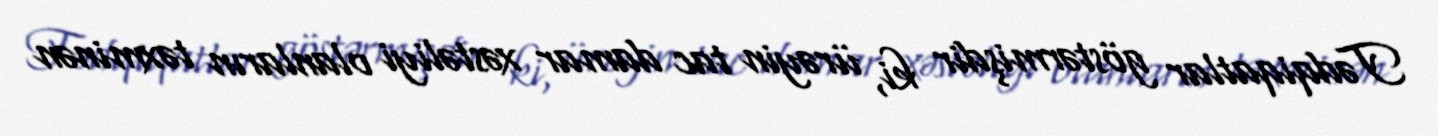
Tədqiqatlar göstərmişdir ki, ürəyin tac damar xəstəliyi olanların təxminən